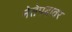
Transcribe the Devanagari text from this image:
नेतेपदावर